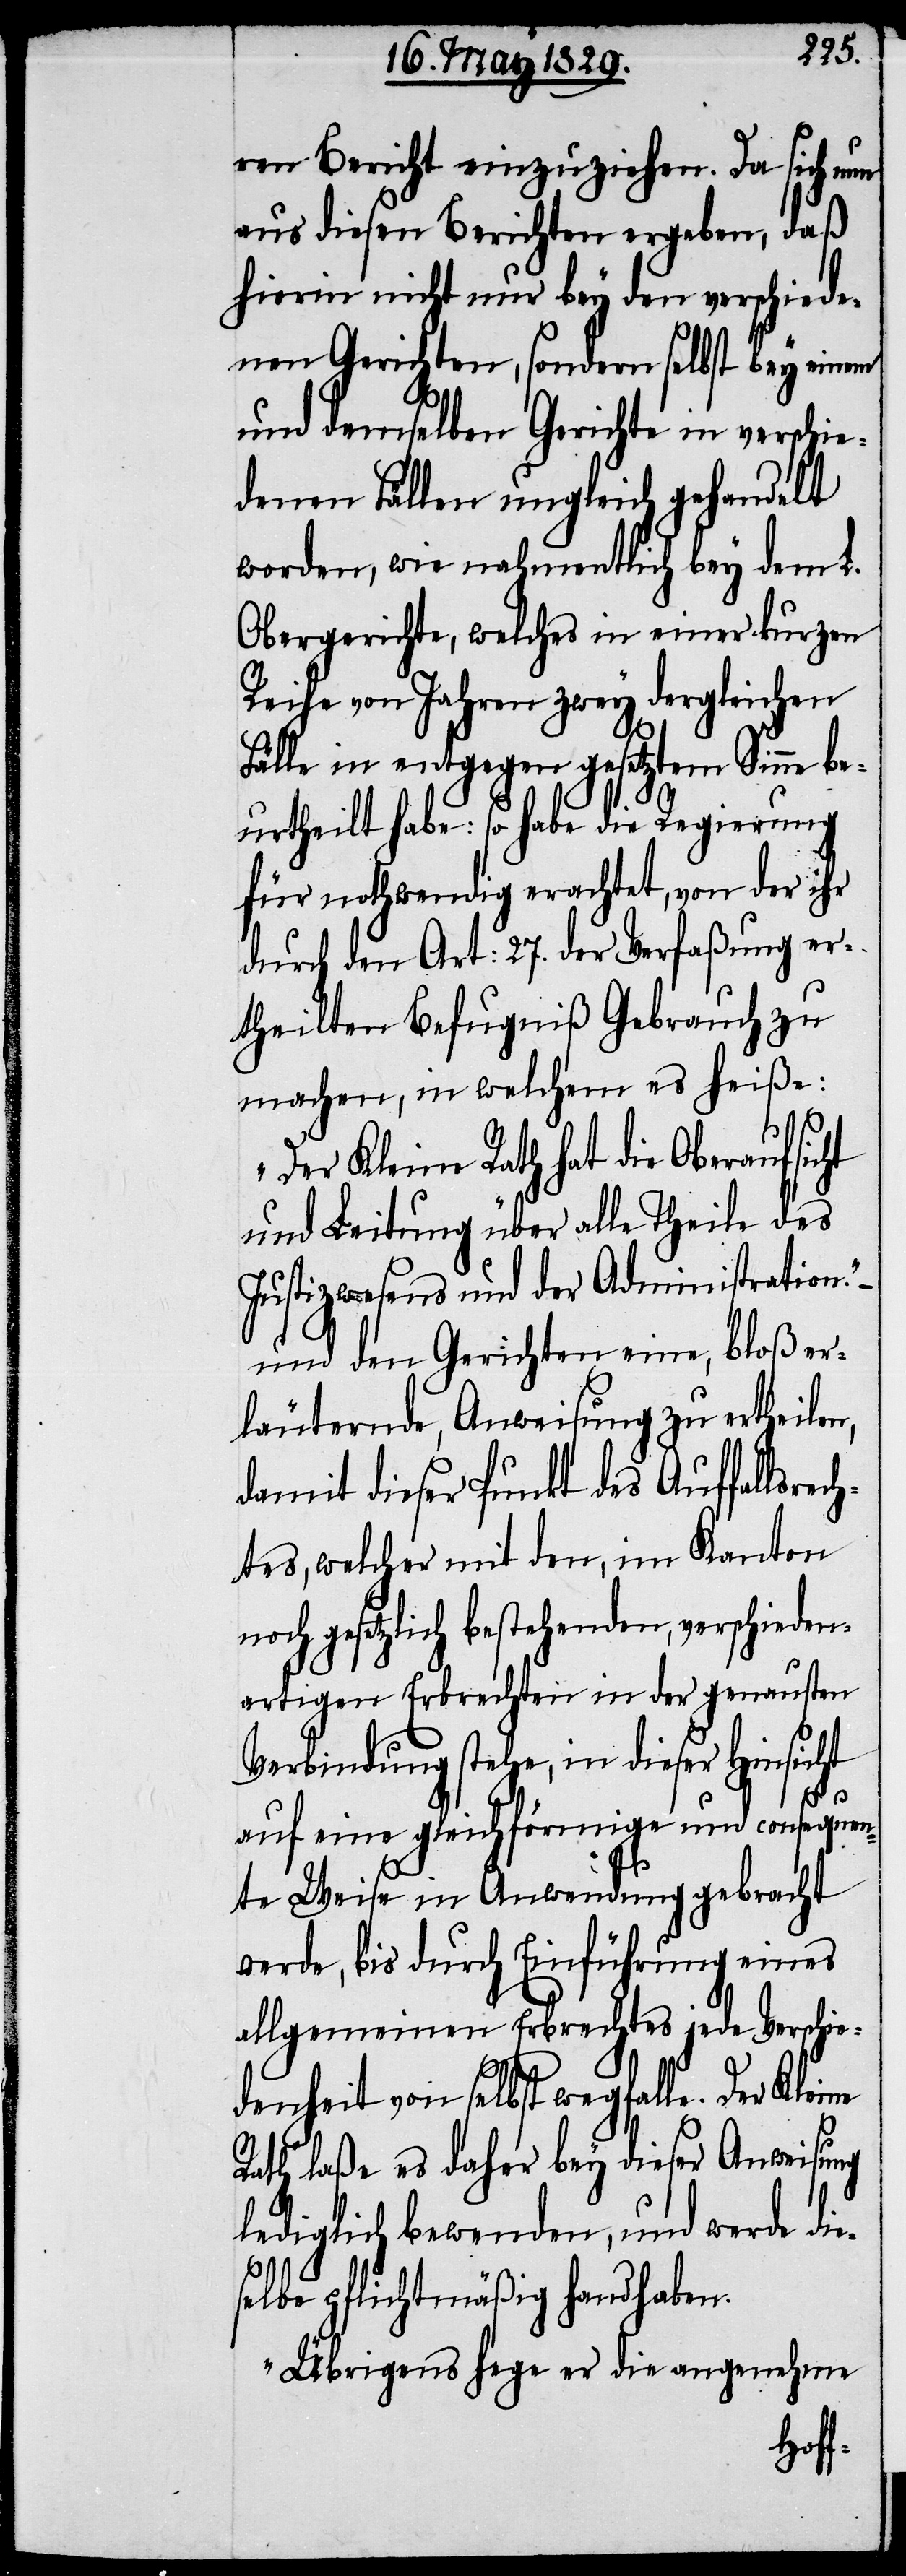
ren Bericht einzuziehen. Da sich nun
aus diesen Berichten ergeben, daß
hierin nicht nur bey den verschiede¬
nen Gerichten, sondern selbst bey einem
und demselben Gerichte in verschi¬
edenen Fällen ungleich gehandelt
worden, wie nahmentlich bey dem L.
Obergerichte, welches in einer kurzen
Reihe von Jahren zwey dergleichen
Fälle in entgegen gesetztem Sinne be¬
urtheilt habe: so habe die Regierung
für nothwendig erachtet, von der ihr
durch den Art: 27. der Verfaßung er¬
theilten Befugniß Gebrauch zu
machen, in welchem es heiße:
„Der Kleine Rath hat die Oberaufsic¬
und Leitung über alle Theile des
Justizwesens und der Administration.“–
und den Gerichten eine, bloß er¬
läuternde, Anweisung zu ertheilen,
damit dieser Punkt des Auffallsrech¬
tes, welcher mit den, im Kanton
noch gesetzlich bestehenden, verschieden¬
en Erbrechten in der genausten
Verbindung stehe, in dieser Hinsicht
ht
auf eine gleichförmige und consequen¬
te Weise in Anwendung gebracht
werde, bis durch Einführung eines
allgemeinen Erbrechtes jede Verschie¬
denheit von selbst wegfalle. Der Kleine
Rath laße es daher bey dieser Anweisung
lediglich bewenden, und werde die¬
selbe pflichtmäßig handhaben.
Übrigens hege er die angenehme